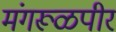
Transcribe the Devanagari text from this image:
मंगरूळपीर